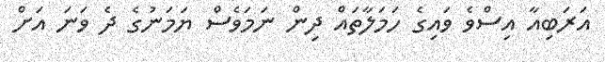
އަރަބިއާ އިސްވެ ވައިގެ ހަމަލާތައް ދިން ނަމަވެސް ޔަމަނުގެ ދެ ވަނަ އަށް